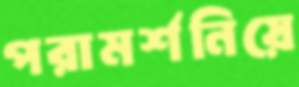
পরামর্শনিয়ে